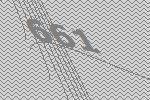
661